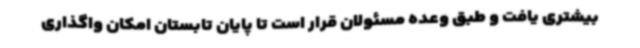
بیشتری یافت و طبق وعده مسئولان قرار است تا پایان تابستان امکان واگذاری